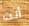
أنت